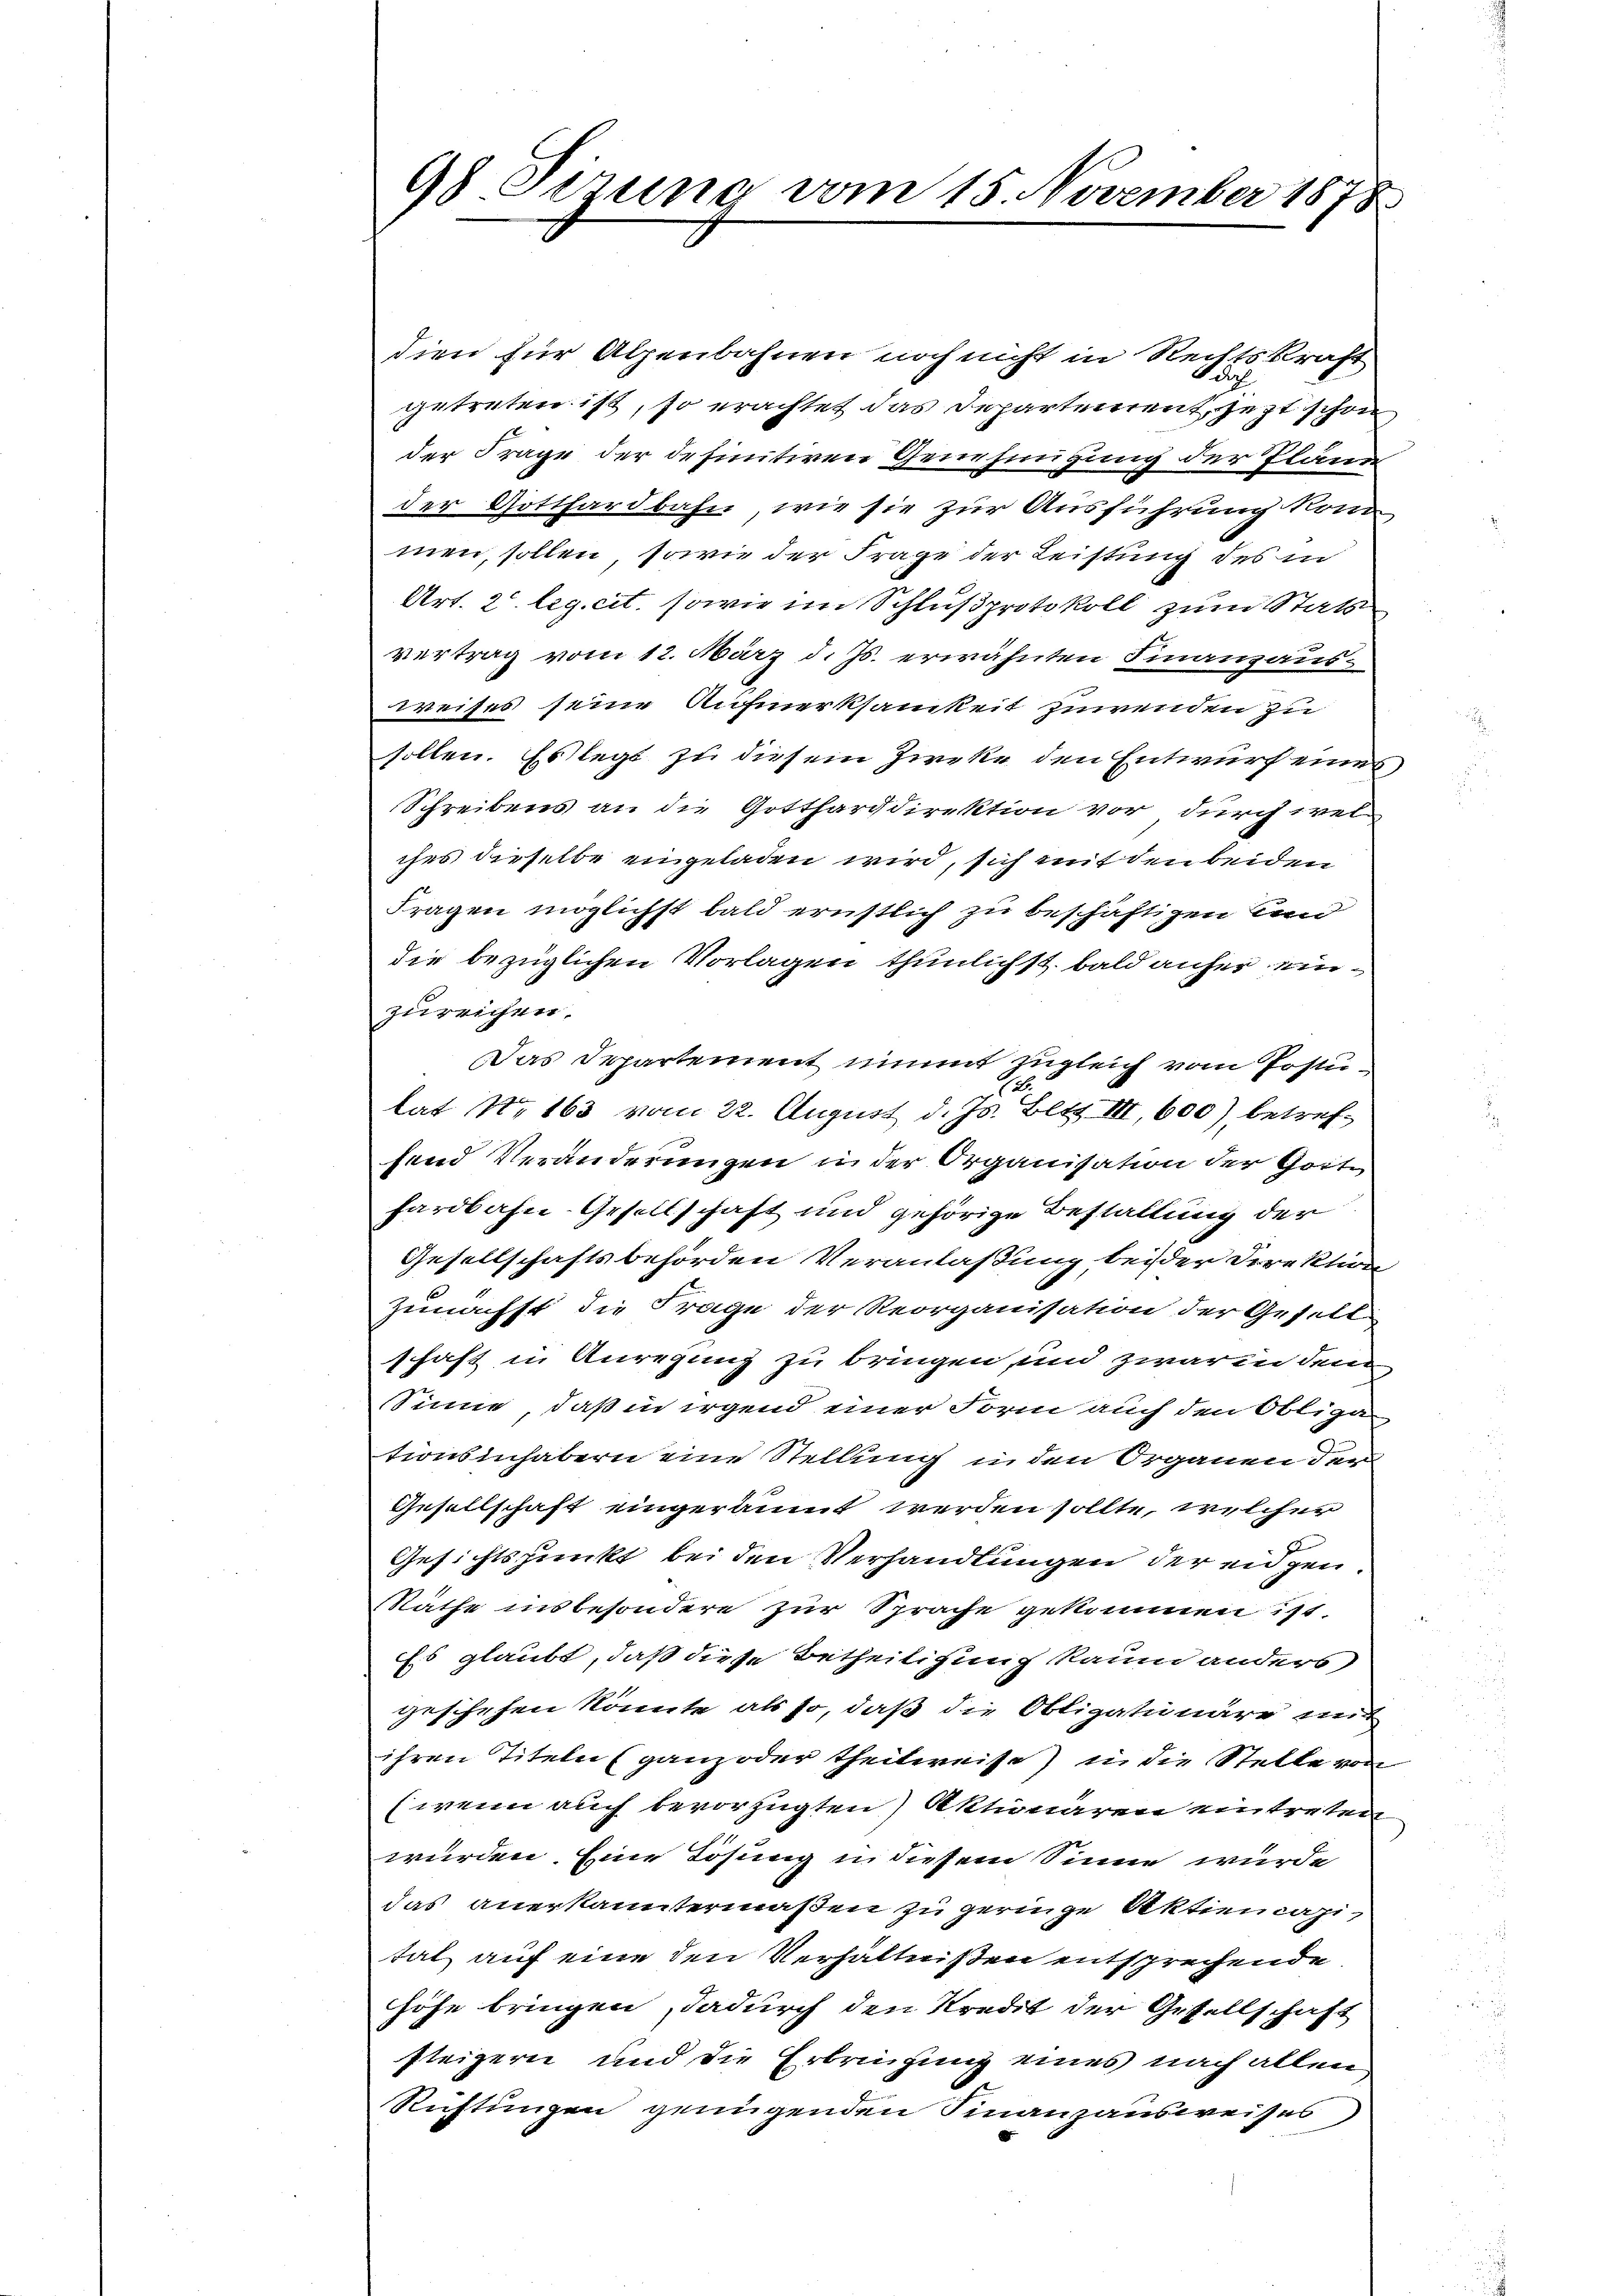
98 Sirung vom 15. November 1878

dien für Alpenbahnen noch nicht in Rechtskraft
getreten ist, so erachtet das Departement, jezt schon,
der Frage der definitiven Genehmigung der Pläne
der Gotthardbahn, wie sie zur Ausführung kom
men, sollen, sowie der Frage der Leistung des in
Art. 2. leg. cit. sowie im Schlußprotokoll zum Stat
vertrag vom 12. März d. Js. erwähnten Finanzausweises seine Aufmerksamkeit zuwenden zu
sollen. Es legt zu diesem Zirke den Entwurf eines,
Schreibens an die Gottharddirektion vor durch wel
ches dieselbe eingeladen wird, sich mit den beiden
Fragen möglichst bald ernstlich zu beschäftigen und
die bezüglichen Vorlagen thunlichst bald anher einzureichen.
Das Departement nimit zugleich vom Postulat Nr 163 vom 22. August d. Js. Bett III, 600) betreffend Veränderungen in der Organisation der Gott
hardbahn-Gesellschaft und gehörige Bestaltung der
Gesellschaftsbehörden Veranlaßung beider Direktion
Zunächst die Frage der Reorganisation der Gesell
schaft in Anregung zu bringen, und zwar in den
Sinne, daß in irgend einer Form auch den Obliga
tionsinhabern eine Stellung in den Organen der
Gesellschaft eingeräumt werden sollte, welcher
Gesichtspunkt bei den Verhandlungen der eidgen
Näthe insbesondere zur Sprache gekommen ist.
Ess glaubt, daß diese Betheiligung kaum anders
geschehen könnte als so, daß die Obligationäre mit
ihren Titeln (ganz oder theilweise in die Stelle von
(wenn auch bevorzugten Aktionären eintreten
wurden. Eine Lösung in diesem Sinne wurde
das anerkanntermaßen zu geringe Aktien capital auf eine den Verhältnißen entsprechende
höhe bringen, dadurch den Kredit der Gesellschaft
fleizern und die Erbringung eines nach allen
Richtungen genügenden Finanzausweises,